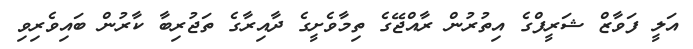
އަލީ ފަވާޒް ޝަރީފްގެ އިތުރުން ރާއްޖޭގެ ތިމާވެށީގެ ދާއިރާގެ ތަޖުރިބާ ކާރުން ބައިވެރިވި